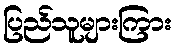
ပြည်သူများကြား